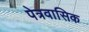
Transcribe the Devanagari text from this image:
पेत्रवासिक